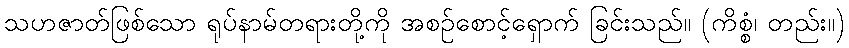
သဟဇာတ်ဖြစ်သော ရုပ်နာမ်တရားတို့ကို အစဉ်စောင့်ရှောက် ခြင်းသည်။ (ကိစ္စံ၊ တည်း။)